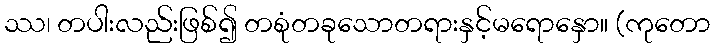
ဿ၊ တပါးလည်းဖြစ်၍ တစုံတခုသောတရားနှင့်မရောနှော။ (ကုတော